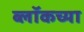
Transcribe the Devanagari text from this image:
ब्लॉकच्या